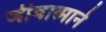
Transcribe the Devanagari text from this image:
जीवात्माने